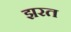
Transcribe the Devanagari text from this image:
झरत